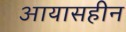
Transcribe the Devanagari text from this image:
आयासहीन